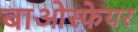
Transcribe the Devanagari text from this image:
बाओस्फेयर